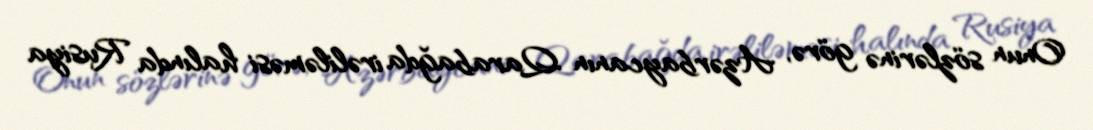
Onun sözlərinə görə, Azərbaycanın Qarabağda irəliləməsi halında Rusiya